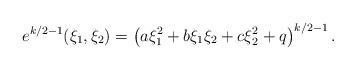
LaTeX: \begin{align*}e^{k/2-1} (\xi_1,\xi_2) = \left( a\xi_1^2 +b \xi_1\xi_2 + c \xi_2^2 +q \right)^{k/2-1}.\end{align*}